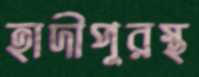
হাদীপুরস্থ